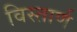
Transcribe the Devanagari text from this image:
विस्तार्ण